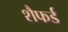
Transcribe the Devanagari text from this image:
शैफर्ड